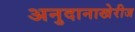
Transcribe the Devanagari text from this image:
अनुदानाखेरीज